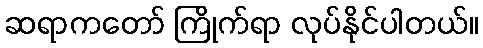
ဆရာကတော် ကြိုက်ရာ လုပ်နိုင်ပါတယ်။